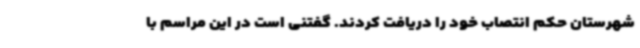
شهرستان حکم انتصاب خود را دریافت کردند. گفتنی است در این مراسم با